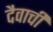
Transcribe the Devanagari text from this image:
दैवाची